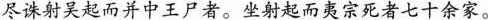
尽诛射吴起而并中王尸者。坐射起而夷宗死者七十余家。